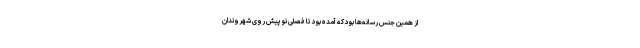
از همین جنس رسانه‌ها بود که آمده بود تا فصلی نو‌ پیش روی شهروندان